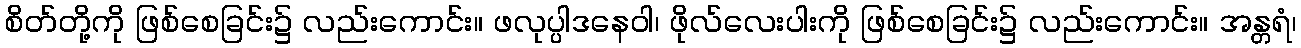
စိတ်တို့ကို ဖြစ်စေခြင်း၌ လည်းကောင်း။ ဖလုပ္ပါဒနေဝါ၊ ဖိုလ်လေးပါးကို ဖြစ်စေခြင်း၌ လည်းကောင်း။ အန္တရံ၊